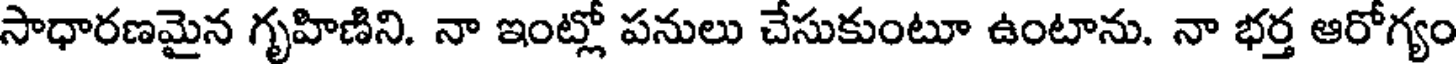
సాధారణమైన గృహిణిని. నా ఇంట్లో పనులు చేసుకుంటూ ఉంటాను. నా భర్త ఆరోగ్యం